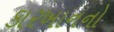
કારખાનનો